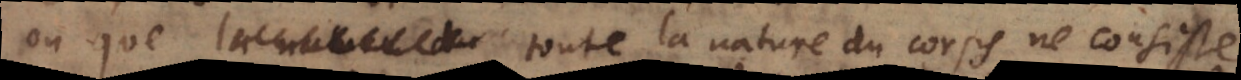
nature du toute la nature du corps ne consiste